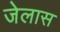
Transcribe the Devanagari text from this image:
जेलास